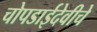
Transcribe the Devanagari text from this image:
चोपडाईदेवीचे